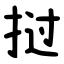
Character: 挝